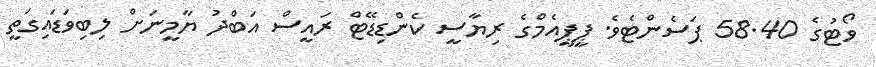
ވޯޓުގެ 58.40 ޕަސެންޓެވެ. ޕީޕީއެމްގެ ރިޔާސީ ކެންޑިޑޭޓް ރައީސް އަބްދު ޔާމީނަށް ލިބިވަޑައިގަތީ